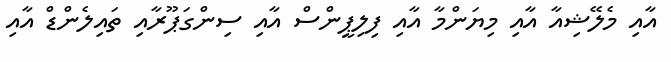
އާއި މެލޭޝިއާ އާއި މިޔަންމާ އާއި ފިލިޕީންސް އާއި ސިންގަޕޫރާއި ތައިލެންޑް އާއި